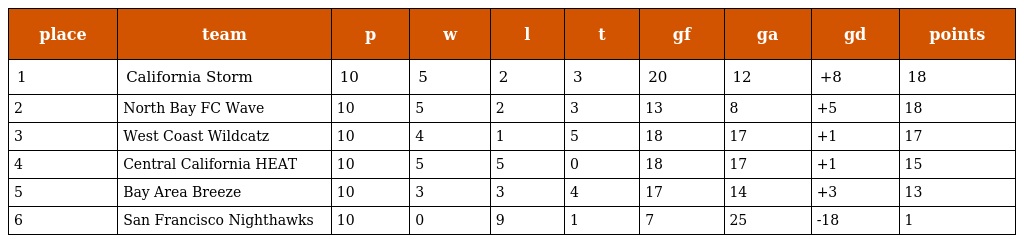
| place | team | p | w | l | t | gf | ga | gd | points |
 | --- | --- | --- | --- | --- | --- | --- | --- | --- | --- |
 | 1 | California Storm | 10 | 5 | 2 | 3 | 20 | 12 | +8 | 18 |
 | 2 | North Bay FC Wave | 10 | 5 | 2 | 3 | 13 | 8 | +5 | 18 |
 | 3 | West Coast Wildcatz | 10 | 4 | 1 | 5 | 18 | 17 | +1 | 17 |
 | 4 | Central California HEAT | 10 | 5 | 5 | 0 | 18 | 17 | +1 | 15 |
 | 5 | Bay Area Breeze | 10 | 3 | 3 | 4 | 17 | 14 | +3 | 13 |
 | 6 | San Francisco Nighthawks | 10 | 0 | 9 | 1 | 7 | 25 | -18 | 1 |